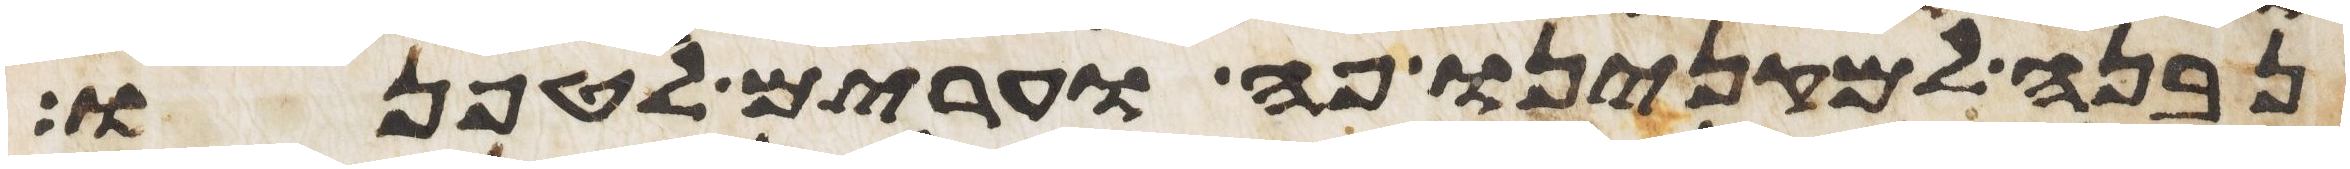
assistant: נבנה למקנינו פה וערים לטפנו